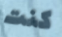
كنت